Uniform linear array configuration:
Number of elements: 64
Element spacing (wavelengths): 0.25
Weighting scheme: kaiser
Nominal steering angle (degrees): -30
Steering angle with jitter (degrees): -28.753
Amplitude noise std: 0.05
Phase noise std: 0.05

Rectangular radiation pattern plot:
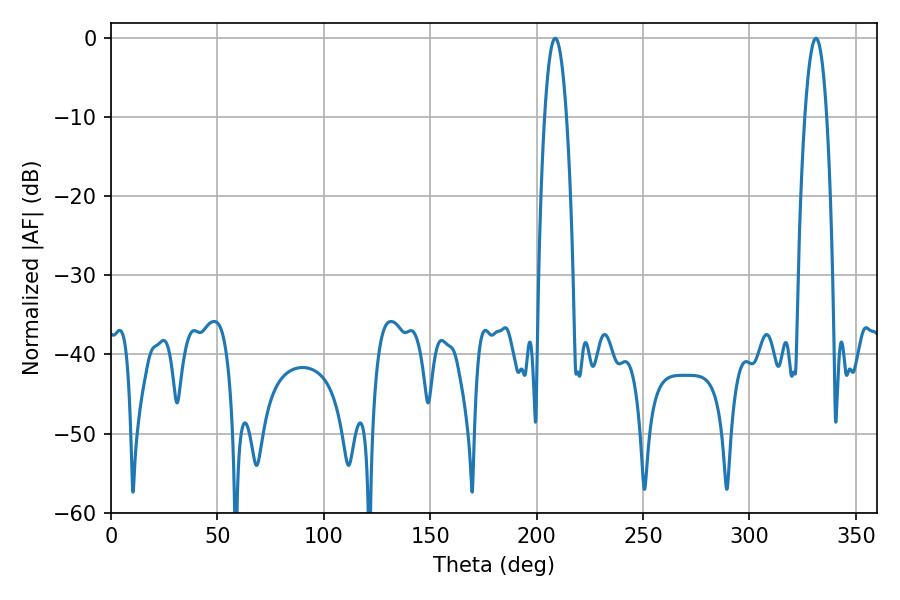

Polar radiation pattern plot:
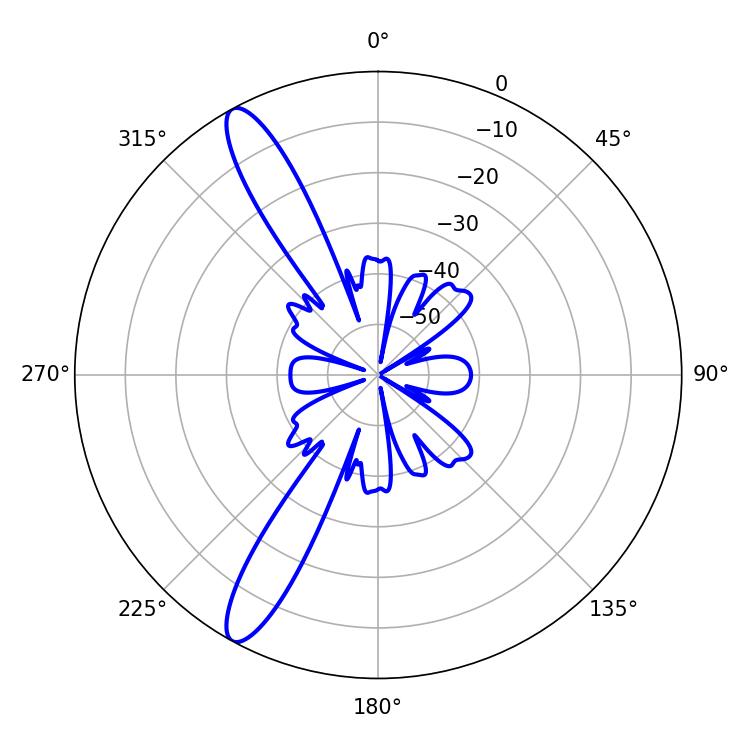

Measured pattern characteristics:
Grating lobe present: FALSE
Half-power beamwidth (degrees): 5.76
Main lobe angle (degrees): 208.8